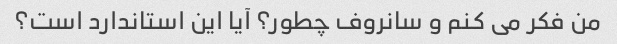
من فکر می کنم و سانروف چطور؟ آیا این استاندارد است؟